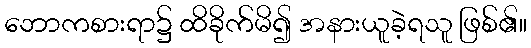
ဘောကစားရာ၌ ထိခိုက်မိ၍ အနားယူခဲ့ရသူ ဖြစ်၏။